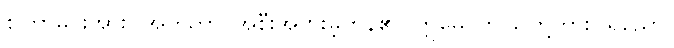
စကြာမင်းအား။ အဟိတာ၊ အစီးအပွားမဲ့ကုန်၏။ ဣမေ၊ ဤသူတို့ကား။ ရညော၊